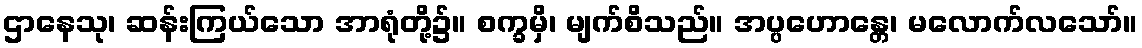
ဌာနေသု၊ ဆန်းကြယ်သော အာရုံတို့၌။ စက္ခမှိ၊ မျက်စိသည်။ အပ္ပဟောန္တေ၊ မလောက်လသော်။